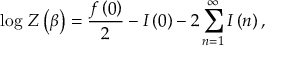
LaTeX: \log \, Z \left( \beta \right) = \frac { f \left( 0 \right) } { 2 } - I \left( 0 \right) - 2 \sum _ { n = 1 } ^ { \infty } I \left( n \right) ,